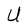
Character: U